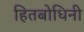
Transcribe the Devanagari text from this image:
हितबोधिनी